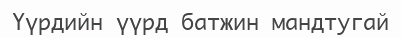
Үүрдийн үүрд батжин мандтугай